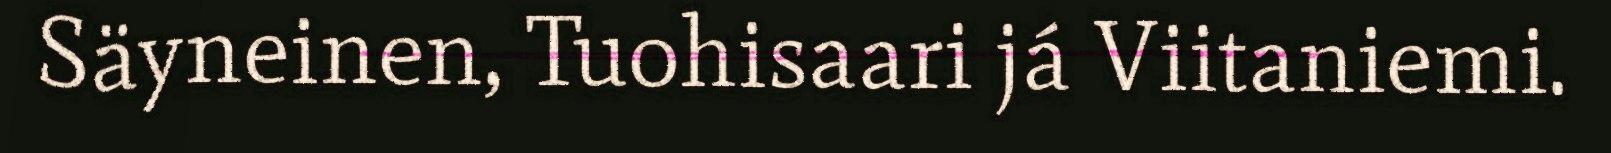
Säyneinen, Tuohisaari já Viitaniemi.